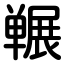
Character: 冁